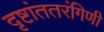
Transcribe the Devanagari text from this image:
दृष्टांततरंगिणी